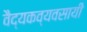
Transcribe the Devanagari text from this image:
वैद्यकव्यवसायी